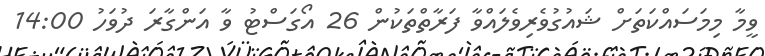
ވީމާ މިމަސައްކަތަށް ޝައުގުވެރިވެލައްވާ ފަރާތްތަކުން 26 އޯގަސްޓު ވާ އަންގާރަ ދުވަހު 14:00